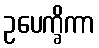
ဥပေက္ခိကာ